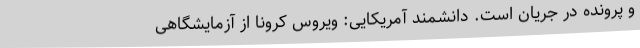
و پرونده در جریان است. دانشمند آمریکایی: ویروس کرونا از آزمایشگاهی